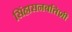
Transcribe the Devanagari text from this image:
सिंहासनबत्तिशी